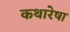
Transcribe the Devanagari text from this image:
कथारेषा